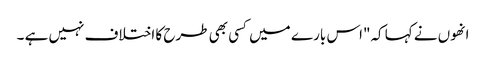
انھوں نے کہا کہ"اس بار ے میں کسی بھی طرح کا اختلاف نہیں ہے ۔